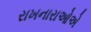
રાખનારાઓએ